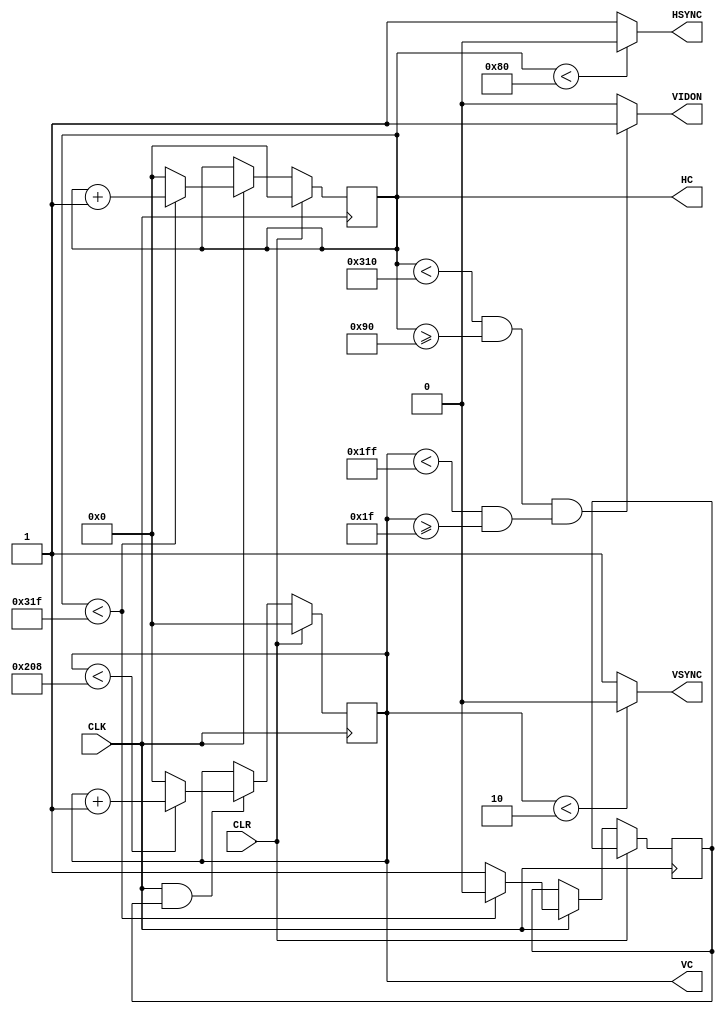
module vga640x480_1(
	CLK,
	CLR,
	HSYNC,
	VSYNC,
	HC,
	VC,
	VIDON
);
input CLK;  
input CLR;  
output HSYNC; 
output VSYNC; 
output [9:0] HC; 
output [9:0] VC; 
output VIDON;    
localparam hpixels = 800 , 
		      vlines = 521 , 
			      hbp = 144 , 
			      hfp = 784 , 
			      vbp = 31  , 
			      vfp = 511 ; 
reg [9:0] HCS, VCS; 
reg VSenable;		  
assign HC    = HCS;
assign VC    = VCS;
assign HSYNC = (HCS < 128) ? 1'b0 : 1'b1; 
assign VSYNC = (VCS < 2)   ? 1'b0 : 1'b1; 
assign VIDON = (((HCS < hfp) && (HCS >= hbp)) && ((VCS < vfp) && (VCS >= vbp))) ? 1 : 0;
always @ (posedge CLK)
begin
	if(CLR == 1'b1)
		HCS <= 10'b0000000000;
	else if(CLK == 1'b1) 
	begin
		if(HCS < (hpixels - 1'b1) )
		begin
			HCS <= HCS + 1'b1;
			VSenable <= 1'b0;  
		end
		else
		begin	
			HCS <= 10'b0000000000; 
			VSenable <= 1'b1; 	  
		end	
	end
end
always @ (posedge CLK)
begin
	if(CLR == 1'b1)
		VCS <= 10'b0000000000;
	else if(CLK == 1'b1 && VSenable == 1'b1)
	begin
		if( VCS < (vlines - 1'b1) )
		begin
			VCS <= VCS + 1'b1; 
		end
		else
		begin
			VCS <= 10'b0000000000; 
		end
	end
end
endmodule